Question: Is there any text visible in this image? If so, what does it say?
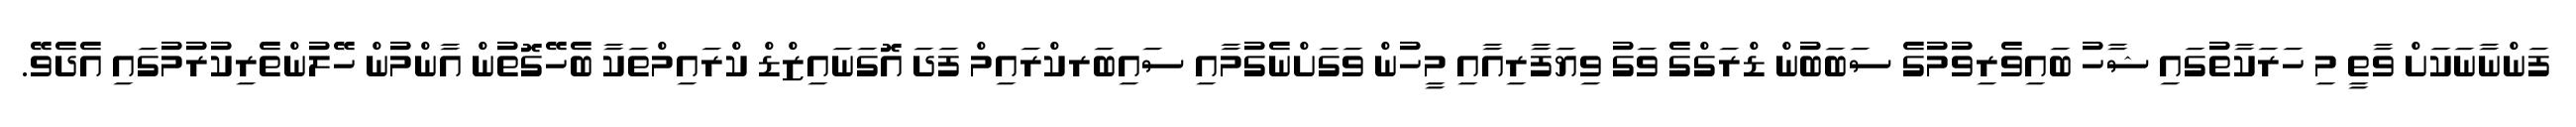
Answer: ފަންނާނަކަށް ވާތީ މި ހަރަކާތުގައި ޝާހު ބައިވެރިވުމުގެ ސަބަބުން ޑްރަގްގެ ވަގު ވިޔަފާރިއާއި މީހުން ވަގަށްނެގުމާއި ސައިބަރކްރައިމް ފަދަ އޮގަނައިޒްޑް ކްރައިމްތަކާ ބެހޭގޮތުން އާންމުން ހޭލުންތެރިކުރުމުގައި އެދެވޭ.